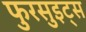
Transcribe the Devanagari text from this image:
फुरसुइट्स